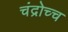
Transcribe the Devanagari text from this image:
चंद्रोच्च